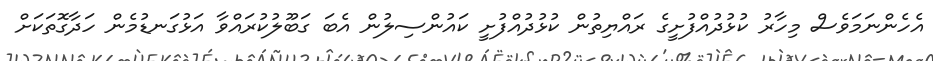
އެހެންނަމަވެސް މިހާރު ކުޅުދުއްފުށީގެ ރައްޔިތުން ކުޅުދުއްފުށީ ކައުންސިލުން އެބަ ގަބޫލުކުރައްވާ އަޅުގަނޑުމެން ހަދާގޮތަކަށް